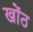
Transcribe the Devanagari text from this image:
खोंठ